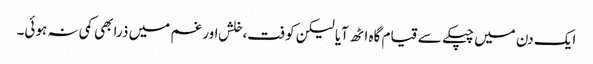
ایک دن میں چپکے سے قیام گاہ اٹھ آیا لیکن کوفت،خلش اور غم میں ذرا بھی کمی نہ ہوئی۔